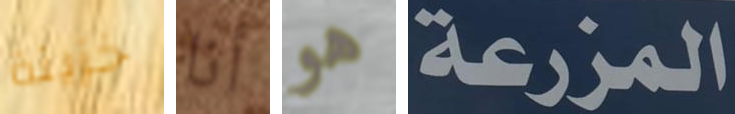
خزينة أنا هو المزرعة